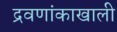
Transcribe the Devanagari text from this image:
द्रवणांकाखाली